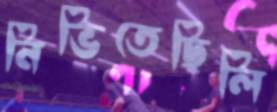
নিভিতেছিলি